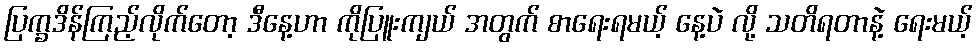
ပြက္ခဒိန်ကြည့်လိုက်တော့ ဒီနေ့ဟာ ကိုပြူးကျယ် အတွက် စာရေးရမယ့် နေ့ပဲ လို့ သတိရတာနဲ့ ရေးမယ့်